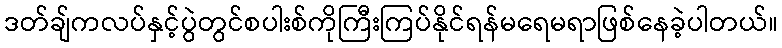
ဒတ်ချ်ကလပ်နှင့်ပွဲတွင်စပါးစ်ကိုကြီးကြပ်နိုင်ရန်မရေမရာဖြစ်နေခဲ့ပါတယ်။